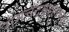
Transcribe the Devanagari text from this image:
रामचंद्रबद्दलच्या